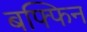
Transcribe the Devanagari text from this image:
बफ्फिन